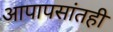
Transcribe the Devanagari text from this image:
आपापसांतही